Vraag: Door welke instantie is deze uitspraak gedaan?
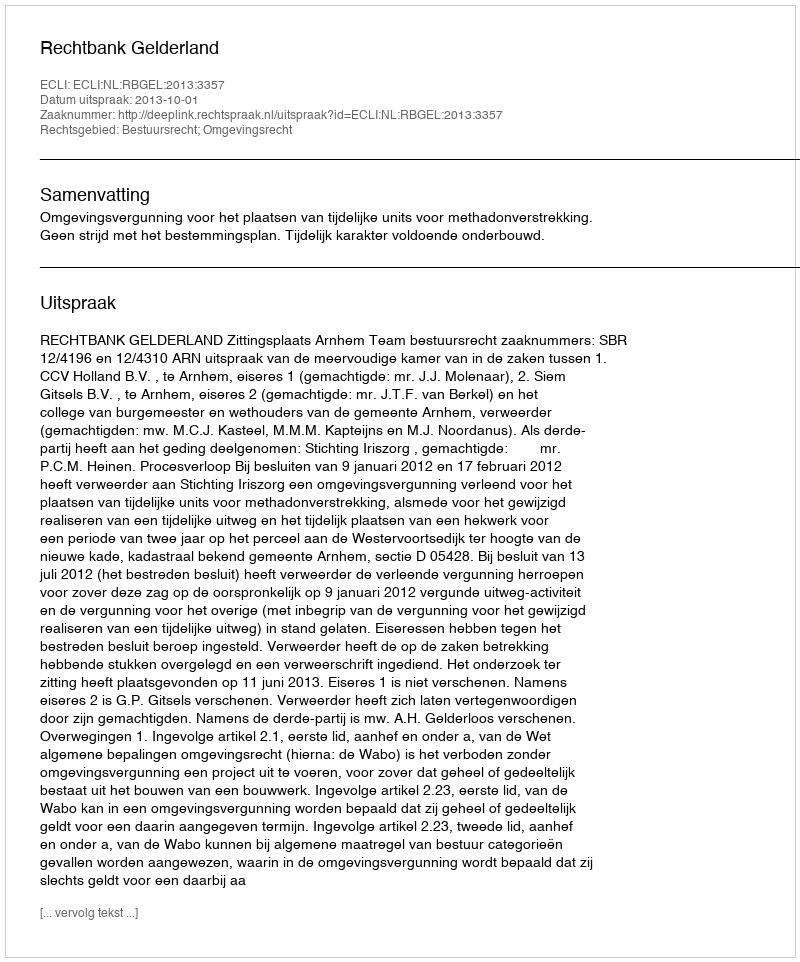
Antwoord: Rechtbank Gelderland